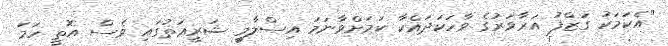
"އެކަމަކު ގަޒްފު އަރާވަރުގެ ވާހަކަދައްކާ ކަމަށްވާނަމަ އިސްލާމީ ޝަރީޢަތުގައި ވެސް އޮތީ ހަމަ